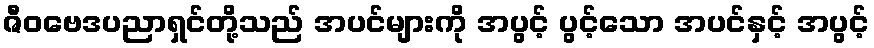
ဇီဝဗေဒပညာရှင်တို့သည် အပင်များကို အပွင့် ပွင့်သော အပင်နှင့် အပွင့်